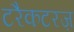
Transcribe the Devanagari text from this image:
टरैकटरज़